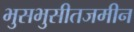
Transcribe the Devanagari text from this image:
भुसभुसीतजमीन